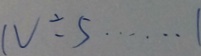
N \div 5 \cdots 1